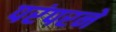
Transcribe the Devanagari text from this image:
परंपरने